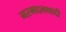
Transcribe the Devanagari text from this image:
नरमदलवादी